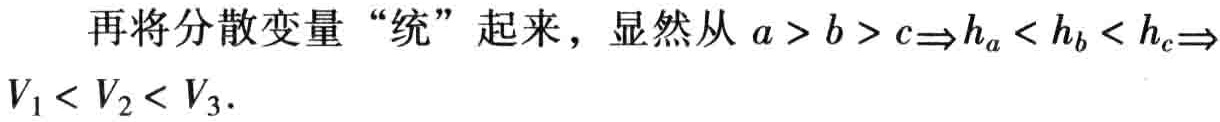
再将分散变量 “统” 起来，显然从 \(a > b > c\Rightarrow h_{a} < h_{b} < h_{c}\Rightarrow V_{1} < V_{2} < V_{3}\).